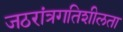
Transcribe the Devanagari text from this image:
जठरांत्रगतिशीलता